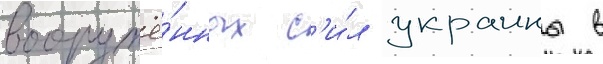
вооружё́нных с'и́л украины в